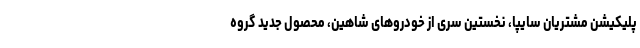
پلیکیشن مشتریان سایپا، نخستين سری از خودروهای شاهین، محصول جديد گروه